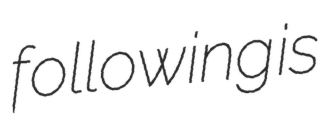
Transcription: following is